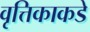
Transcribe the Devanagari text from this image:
वृत्तिकाकडे